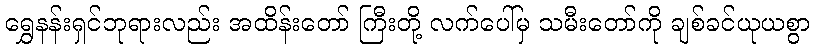
ရွှေနန်းရှင်ဘုရားလည်း အထိန်းတော် ကြီးတို့ လက်ပေါ်မှ သမီးတော်ကို ချစ်ခင်ယုယစွာ